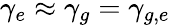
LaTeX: \gamma_{e}\approx\gamma_{g}=\gamma_{g,e}